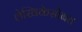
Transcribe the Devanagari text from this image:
लेखिकेसोबत